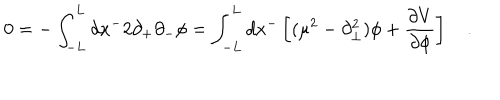
0 = - \int _ { - L } ^ { L } d x ^ { - } 2 \partial _ { + } \partial _ { - } \phi = \int _ { - L } ^ { L } d x ^ { - } \left[ ( \mu ^ { 2 } - \partial _ { \bot } ^ { 2 } ) \phi + \frac { \partial V } { \partial \phi } \right] \quad .